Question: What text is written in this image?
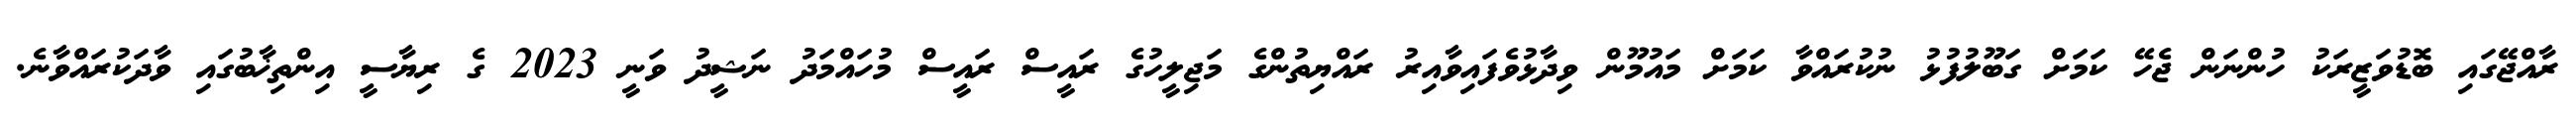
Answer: ރާއްޖޭގައި ބޮޑުވަޒީރަކު ހުންނަން ޖެހޭ ކަމަށް ގަބޫލުފުޅު ނުކުރައްވާ ކަމަށް މައުމޫން ވިދާޅުވެފައިވާއިރު ރައްޔިތުންގެ މަޖިލީހުގެ ރައީސް ރައީސް މުހައްމަދު ނަޝީދު ވަނީ 2023 ގެ ރިޔާސީ އިންތިޚާބުގައި ވާދަކުރައްވާނެ.